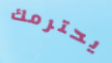
يحترمك